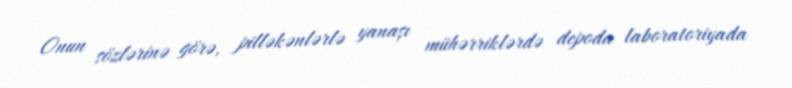
Onun sözlərinə görə, pilləkənlərlə yanaşı mühərriklərdə depoda laboratoriyada